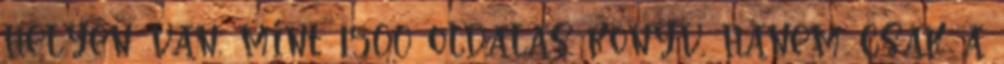
helyén van, mint 1500 oldalas könyv, hanem csak a